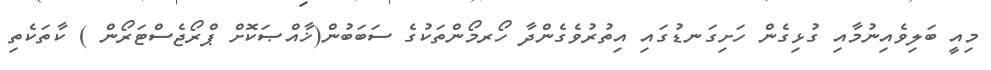
މިއީ ބަލިވެއިނުމާއި ގުޅިގެން ހަށިގަނޑުގައި އިތުރުވެގެންދާ ހޯރމޯންތަކުގެ ސަބަބުން(ޚާއްޞަކޮށް ޕްރޯޖެސްޓަރޯން ) ކާތަކެތި